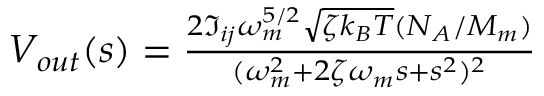
\begin{array} { r } { V _ { o u t } ( s ) = \frac { 2 \Im _ { i j } \omega _ { m } ^ { 5 / 2 } \sqrt { \zeta k _ { B } T } ( N _ { A } / M _ { m } ) } { ( \omega _ { m } ^ { 2 } + 2 \zeta \omega _ { m } s + s ^ { 2 } ) ^ { 2 } } } \end{array}